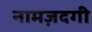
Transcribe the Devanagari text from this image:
नामज़दगी